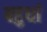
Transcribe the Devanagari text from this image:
बहुधां